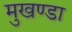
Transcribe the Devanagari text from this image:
मुखण्डा